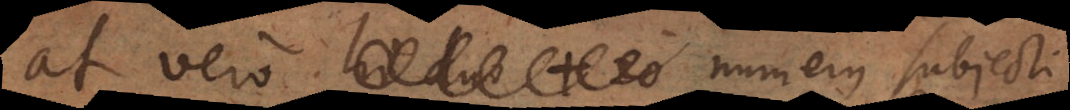
at vero numerus subjecti